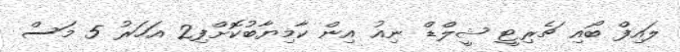
ލައިފް ބޯއި ޗެރިޓީ ޝީލްޑް ނިއު އިން ކާމިޔާބުކޮށްފި2 އަހަރު 5 މަސް